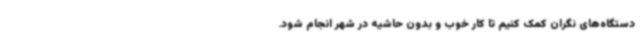
دستگاه‌های نگران کمک کنیم تا کار خوب و بدون حاشیه در شهر انجام شود.